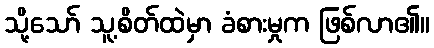
သို့သော် သူ့စိတ်ထဲမှာ ခံစားမှုက ဖြစ်လာ၏။